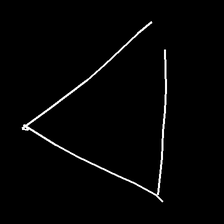
Glyph: convergence